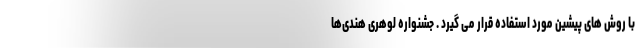
با روش های پیشین مورد استفاده قرار می گیرد . جشنواره لوهری هندی‌ها